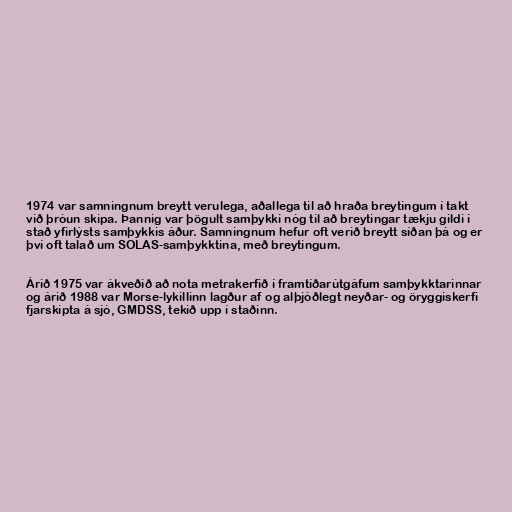
1974 var samningnum breytt verulega, aðallega til að hraða breytingum í takt
við þróun skipa. Þannig var þögult samþykki nóg til að breytingar tækju gildi í
stað yfirlýsts samþykkis áður. Samningnum hefur oft verið breytt síðan þá og er
því oft talað um SOLAS-samþykktina, með breytingum.

Árið 1975 var ákveðið að nota metrakerfið í framtíðarútgáfum samþykktarinnar
og árið 1988 var Morse-lykillinn lagður af og alþjóðlegt neyðar- og öryggiskerfi
fjarskipta á sjó, GMDSS, tekið upp í staðinn.